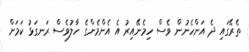
ތެރޭގައި ދެ އަންހެނުން ވެސް ހިމެނޭއިރު އެ އެންމެންގެ ހާލުވެސް ރަނގަޅު ކަމަށް